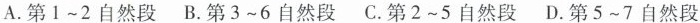
A.第i~2自然段 B.第3~6自然段 C.第2~5自然段 D.第5~7自然段